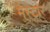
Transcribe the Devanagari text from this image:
मेस्टार